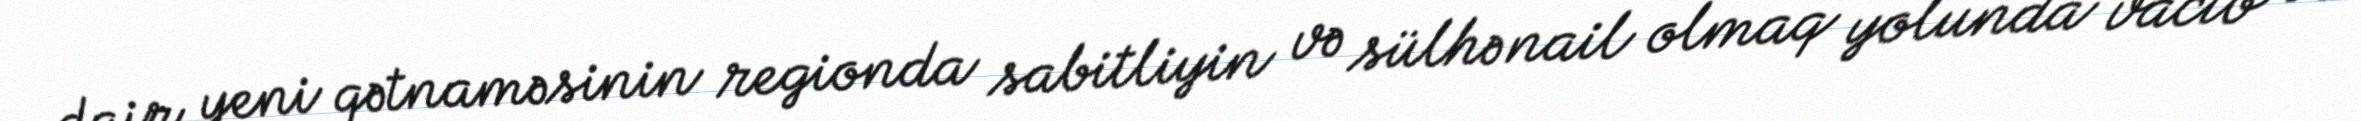
dair yeni qətnaməsinin regionda sabitliyin və sülhə nail olmaq yolunda vacib və